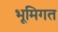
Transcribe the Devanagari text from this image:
भूमिगत